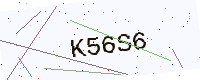
Text: K56S6